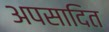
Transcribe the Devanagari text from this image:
अपसादित